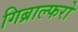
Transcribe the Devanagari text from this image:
गिब्राल्फरो